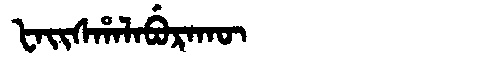
Manchu: ᡶᠠᡳᠰᡥᠠᠯᠠᠪᡠᡵᠠᡴᡡ
Romanization: FAISHALABURAKŪ